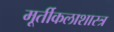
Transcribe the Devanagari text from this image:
मूर्तीकलाशास्त्र